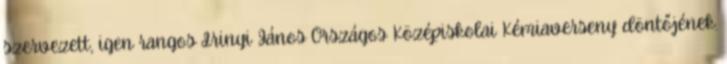
szervezett, igen rangos Irinyi János Országos Középiskolai Kémiaverseny döntőjének.